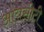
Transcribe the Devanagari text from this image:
आयसीटी